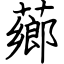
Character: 薌